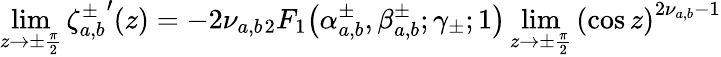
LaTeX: \operatorname*{lim}_{z\rightarrow\pm\frac{\pi}{2}}{\zeta_{a,b}^{\pm}}^{\prime}(z)=-2\nu_{a,b}{}_{2}F_{1}\! \left(\alpha_{a,b}^{\pm},\beta_{a,b}^{\pm};\gamma_{\pm};1\right)\operatorname*{lim}_{z\rightarrow\pm\frac{\pi}{2}}{\left(\cos{z}\right)}^{2\nu_{a,b}-1}